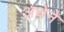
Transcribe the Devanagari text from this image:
अथेने